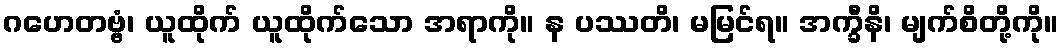
ဂဟေတဗ္ဗံ၊ ယူထိုက် ယူထိုက်သော အရာကို။ န ပဿတိ၊ မမြင်ရ။ အက္ခီနိ၊ မျက်စိတို့ကို။